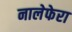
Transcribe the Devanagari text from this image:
नालेफेरा